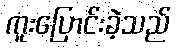
ကူးပြောင်းခဲ့သည်